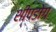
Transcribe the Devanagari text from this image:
शीपडोग